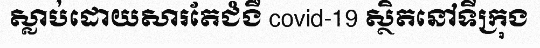
ស្លាប់ដោយសារតែជំងឺ covid-19 ស្ថិតនៅទីក្រុង